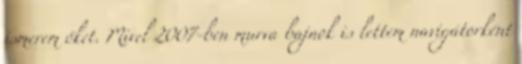
ismerem őket. Mivel 2007-ben murva bajnok is lettem navigátorként